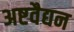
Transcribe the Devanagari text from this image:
अष्टवैद्यन